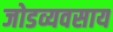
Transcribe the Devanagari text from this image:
जोडव्यवसाय